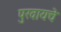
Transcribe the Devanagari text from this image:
पुरवायचे